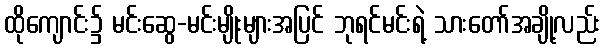
ထိုကျောင်း၌ မင်းဆွေ-မင်းမျိုးများအပြင် ဘုရင်မင်းရဲ့ သားတော်အချို့လည်း